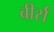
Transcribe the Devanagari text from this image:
बीर्स